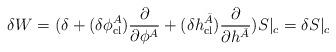
LaTeX: \begin{align*}\delta W = (\delta + (\delta \phi^A_{\rm cl})\frac{\partial}{\partial \phi^A} + (\delta h^{\bar{A}}_{\rm cl})\frac{\partial}{\partial h^{\bar{A}}}) S|_c = \delta S|_c\end{align*}